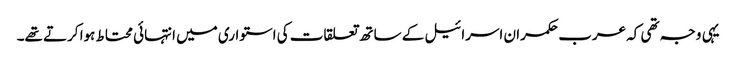
یہی وجہ تھی کہ عرب حکمران اسرائیل کے ساتھ تعلقات کی استواری میں انتہائی محتاط ہوا کرتے تھے۔